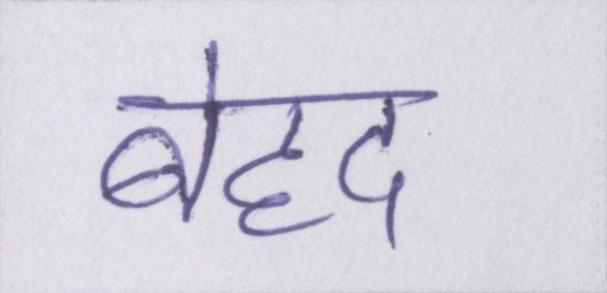
बेहद